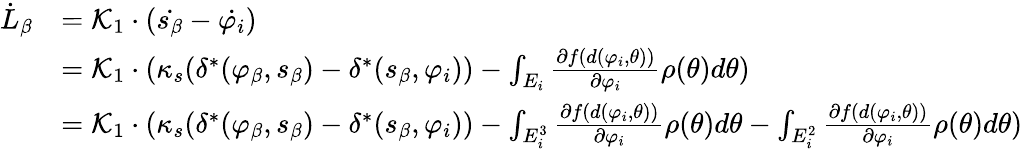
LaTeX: \begin{array}{rl}{\dot{L}_{\beta}}&{=\mathcal{K}_{1}\cdot(\dot{s_{\beta}}-\dot{\varphi_{i}})}\\ &{=\mathcal{K}_{1}\cdot(\kappa_{s}(\delta^{*}(\varphi_{\beta},s_{\beta})-\delta^{*}(s_{\beta},\varphi_{i}))-\int_{E_{i}}{\frac{\partial f(d(\varphi_{i},\theta))}{\partial\varphi_{i}}\rho(\theta)d\theta})}\\ &{=\mathcal{K}_{1}\cdot(\kappa_{s}(\delta^{*}(\varphi_{\beta},s_{\beta})-\delta^{*}(s_{\beta},\varphi_{i}))-\int_{E_{i}^{3}}{\frac{\partial f(d(\varphi_{i},\theta))}{\partial\varphi_{i}}\rho(\theta)d\theta}-\int_{E_{i}^{2}}{\frac{\partial f(d(\varphi_{i},\theta))}{\partial\varphi_{i}}\rho(\theta)d\theta})}\end{array}